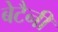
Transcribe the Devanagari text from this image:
बेटैनी